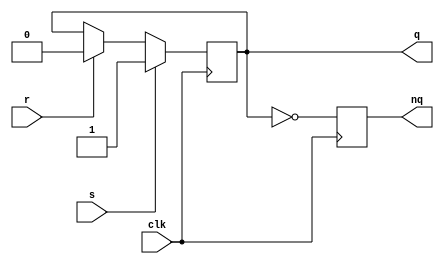
module sr_ff(clk, r,s,q,nq);
input clk;
input r, s;
output reg q, nq;

always@(posedge clk)
begin
    if (s == 1)
    begin
        q<=1;
    end
    else if (r == 1)
    begin
        q<=0;
    end
    else if (s == 0 & r == 0)
    begin
        q <= q;
        nq <= nq;
    end
    nq<= ~q;
end
endmodule // sr_ff